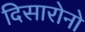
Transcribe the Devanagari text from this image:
दिसारोनो